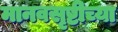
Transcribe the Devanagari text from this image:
मानवसृष्टीच्या